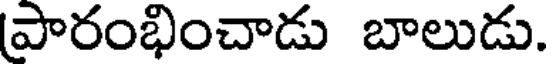
పారంభించాడు బాలుడు.